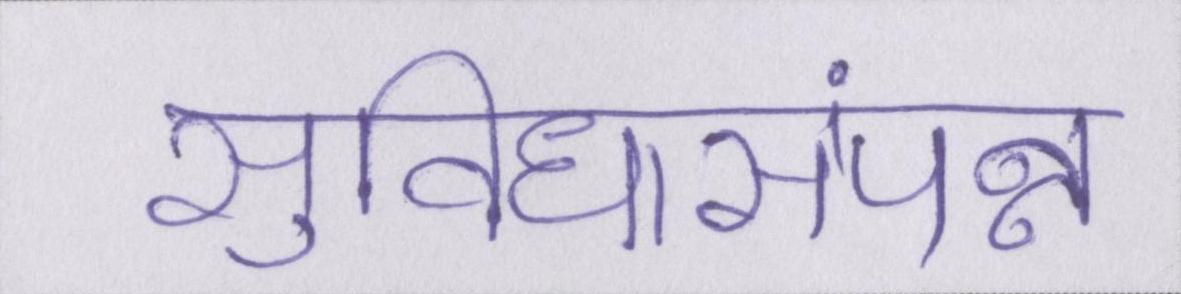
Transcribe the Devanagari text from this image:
सुविधासंपन्न